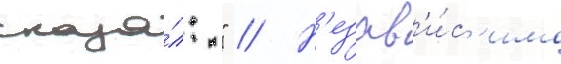
сказа́л: " // Н'езав'и́с'имо